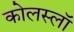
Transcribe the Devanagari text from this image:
कोलस्लॉ